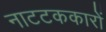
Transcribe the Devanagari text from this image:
नाटटककारों